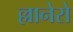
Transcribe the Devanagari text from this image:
ल्लानेरो